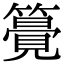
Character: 𥵒